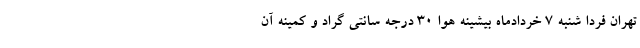
تهران فردا شنبه ۷ خردادماه بیشینه هوا ۳۰ درجه سانتی گراد و کمینه آن